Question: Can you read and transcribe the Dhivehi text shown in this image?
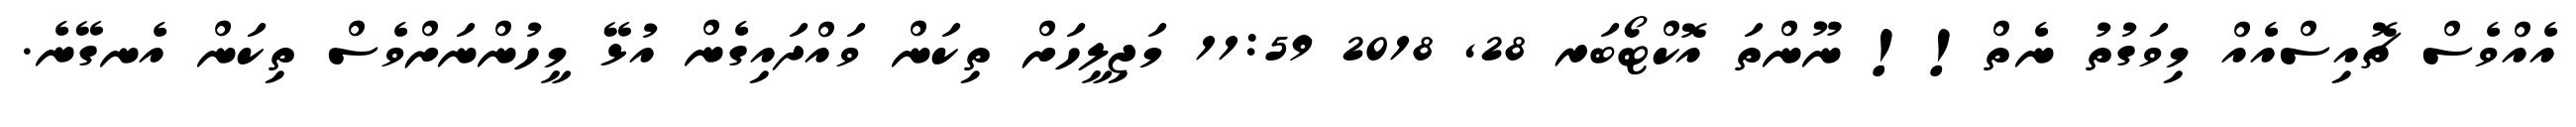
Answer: އެއްވެސް ޗޮއިސްއެއް މިވަގުތު ނެތް!! ނޫންތަ އޮކްޓޯބަރ 28, 2018 11:59 މަޖިލީހަށް ތިކަން ވައްދައިގެން އުޅޭ މީހުންނަށްވެސް ތިކަން އެނގޭނެ.